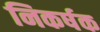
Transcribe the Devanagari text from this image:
निकर्षक